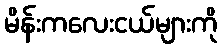
မိန်းကလေးငယ်များကို